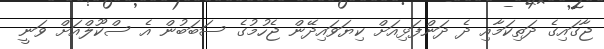
ޖާގައިގެ ދަތިކަމާއި ދެ ދަންފަޅިއަށް ކިޔަވައިދޭން ޖެހުމުގެ ސަބަބުން އެ ސްކޫލްއަށް ވަނީ